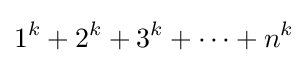
1^{k}+2^{k}+3^{k}+\cdots +n^{k}